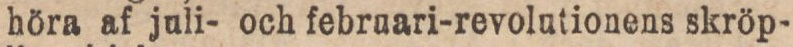
höra af juli- och febraari-revolutionens skröp-